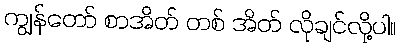
ကျွန်တော် စာအိတ် တစ် အိတ် လိုချင်လို့ပါ။